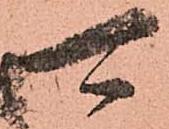
可